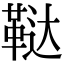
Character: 鞑